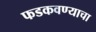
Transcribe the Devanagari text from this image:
फडकवण्याचा